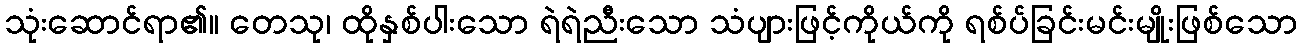
သုံးဆောင်ရာ၏။ တေသု၊ ထိုနှစ်ပါးသော ရဲရဲညီးသော သံပျားဖြင့်ကိုယ်ကို ရစ်ပ်ခြင်းမင်းမျိုးဖြစ်သော